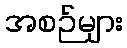
အစဉ်များ